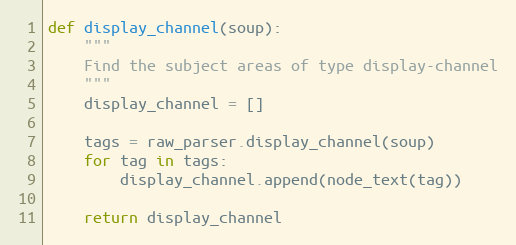
Language: Python
def display_channel(soup):
    """
    Find the subject areas of type display-channel
    """
    display_channel = []

    tags = raw_parser.display_channel(soup)
    for tag in tags:
        display_channel.append(node_text(tag))

    return display_channel